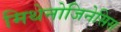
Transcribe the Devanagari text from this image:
मिथेनोजिनेसिस